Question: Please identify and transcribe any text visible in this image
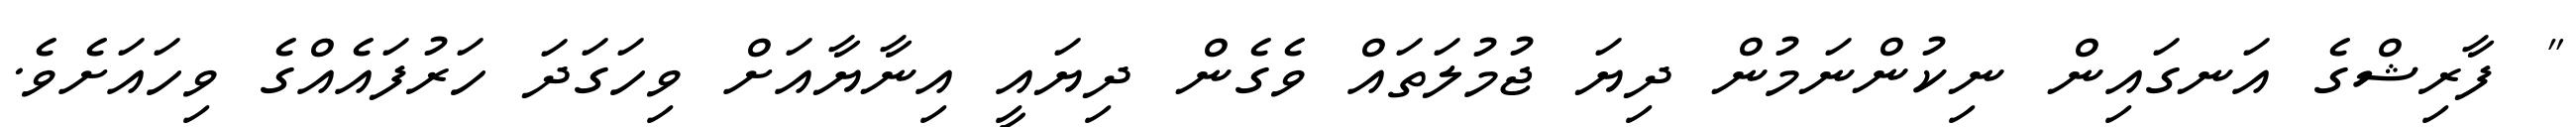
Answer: " ފާރިޝްގެ އަނގައިން ނިކުންނަމުން ދިޔަ ޖުމުލަތައް ވެގެން ދިޔައީ އިނާޔާއަށް ވިހަގަދަ ހަރުފައެއްގެ ވިހައަށެވެ.